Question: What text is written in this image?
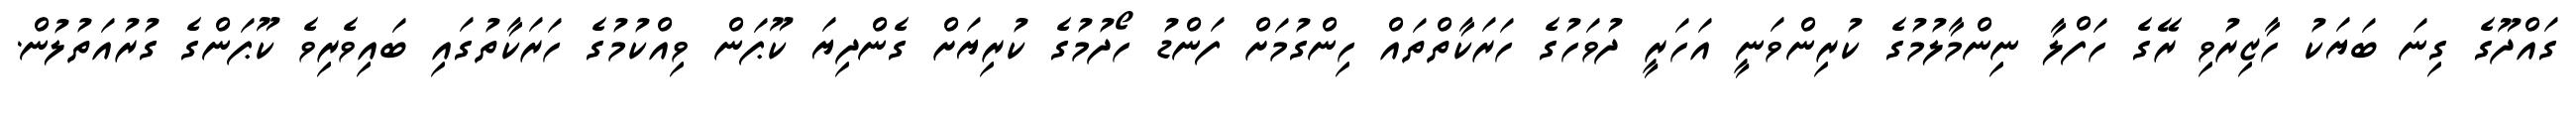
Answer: ގައްދޫގެ ގިނަ ބަޔަކު ހާޒިރުވި ރޭގެ ހަފްލާ ނިންމާލުމުގެ ކުރިންވަނީ އަހަރީ ދުވަހުގެ ހަރަކާތްތައް ހިންގުމަށް ފަންޑު ހޯދުމުގެ ކުރިޔަށް ގެންދިޔަ ކޫޕަން ވިއްކުމުގެ ހަރަކާތުގައި ބައިވެރިވެ ކޫޕަންގެ ގުރުއަތުލުން.